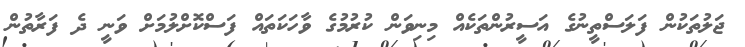
ޖަލުތަކުން ފަލަސްތީނުގެ އަސީރުންތަކެއް މިނިވަން ކުރުމުގެ ވާހަކަތައް ފަސްކޮށްލުމަށް ވަނީ ދެ ފަރާތުން